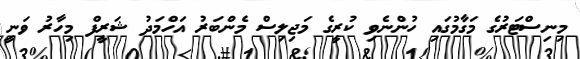
މިނިސްޓަރުގެ މަގާމުގައި ހުންނެވި ކުރީގެ މަޖިލިސް މެންބަރު އަހްމަދު ޝަރީފް މިހާރު ވަނީ